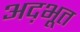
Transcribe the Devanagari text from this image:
अद़भूत